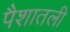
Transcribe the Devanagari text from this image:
पैशातली